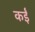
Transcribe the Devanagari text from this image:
कर्इं